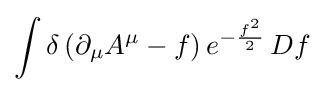
\int \delta \left(\partial _{\mu }A^{\mu }-f\right)e^{-{\frac {f^{2}}{2}}}\,Df